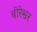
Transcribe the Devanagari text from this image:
बीरेश्वर